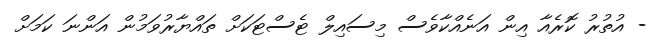
- އުތުރު ކޮރެއާ އިން އަނެއްކާވެސް މިސައިލް ޓެސްޓަކަށް ތައްޔާރުވަމުން އަންނަ ކަމަށް